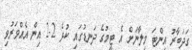
ގަދަބާރު އިންޓަ މިލާނަށް އެ ޓީމުގެ ދަނޑުގައި ކުޅެ 2-2 އިން އެއްވަރުވި